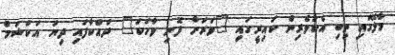
މާލޭގައި ތިބި އެކުވެރިން ކައިރީގައި "ވަރަށް ފޮނި ވާހަކަ" ދައްކާފައި ދިޔަ އަކްޝަމް